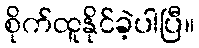
စိုက်ထူနိုင်ခဲ့ပါပြီ။